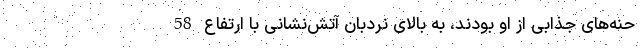
حنه‌های جذابی از او بودند، به بالای نردبان آتش‌نشانی با ارتفاع 58